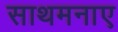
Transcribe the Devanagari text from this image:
साथमनाए